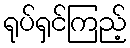
ရုပ်ရှင်ကြည့်